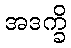
အဒက္ခိ